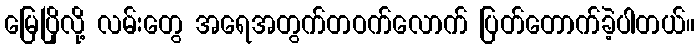
မြေပြိုလို့ လမ်းတွေ အရေအတွက်တဝက်လောက် ပြတ်တောက်ခဲ့ပါတယ်။